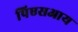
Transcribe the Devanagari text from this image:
पिएसआय